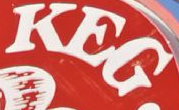
KEG